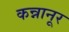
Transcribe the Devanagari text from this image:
कन्नानूर